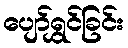
ပျော်ရွှင်ခြင်း